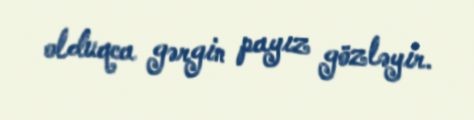
olduqca gərgin payız gözləyir.